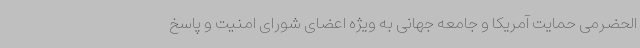
الحضرمی حمایت آمریکا و جامعه جهانی به ویژه اعضای شورای امنیت و پاسخ